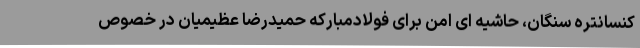
کنسانتره سنگان، حاشیه ای امن برای فولادمبارکه حمیدرضا عظیمیان در خصوص